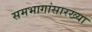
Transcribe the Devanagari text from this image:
समभागांसारख्या